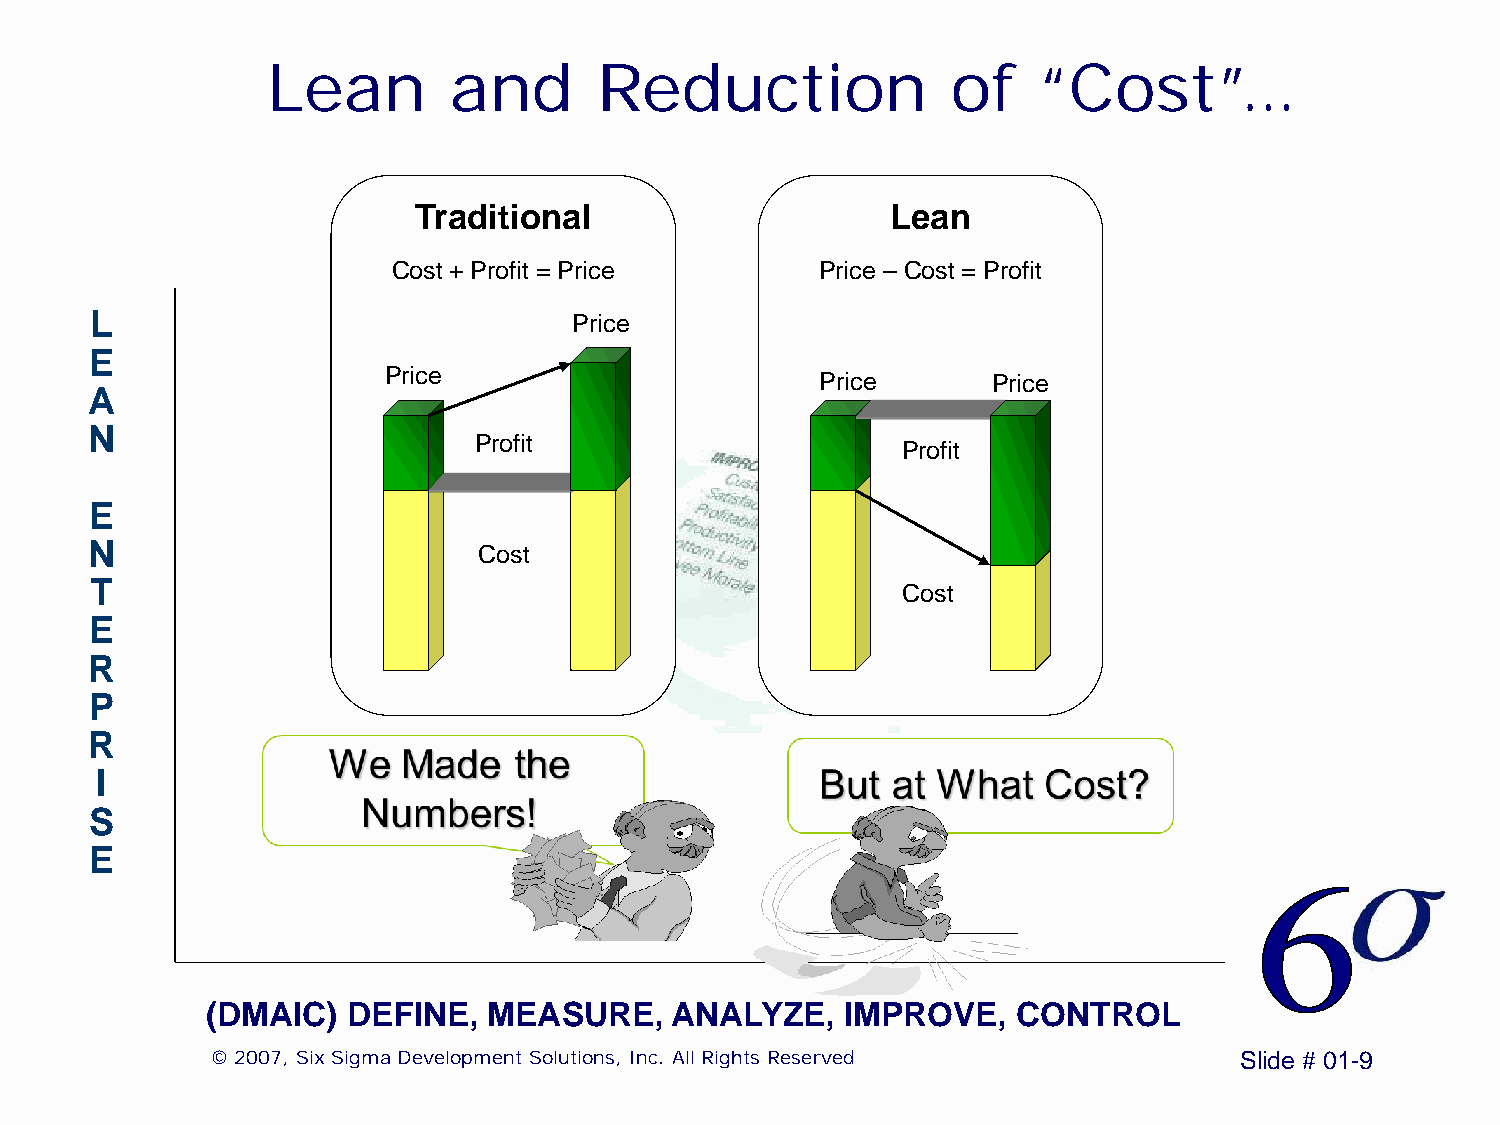
Lean        and       Reduction              of    “Cost”…
 Traditional                     Lean
 Cost + Profit = Price       Price – Cost = Profit
 L                               Price
 E
 Price                        Price       Price
 A
 N                        Profit
 Profit
 E
 N                         Cost
 T                                                     Cost
 E
 R
 P
 R
 I
 S
 E
 (DMAIC)  DEFINE,  MEASURE,    ANALYZE,    IMPROVE,   CONTROL
 © 2007, Six Sigma Development Solutions, Inc. All Rights Reserved   Slide # 01-9